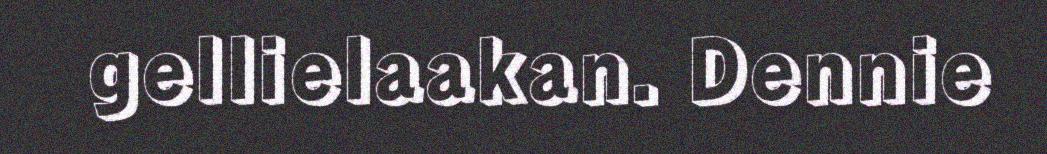
gellielaakan. Dennie